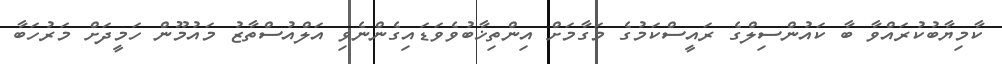
ކާމިޔާބުކުރައްވާ ބާ ކައުންސިލްގެ ރައީސްކަމުގެ މަގާމަށް އިންތިޚާބުވެވަޑައިގެންނެވި އަލްއުސްތާޒު މައުމޫން ހަމީދަށް މަރުހަބާ